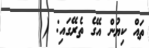
ތައް ކިޔުން އޭގެ ތެރޭގައި: (